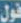
فول